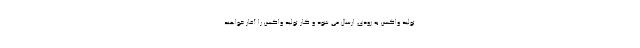
تولید واکسن به زودی ارسال می شود و کار تولید واکسن را آغاز خواهند